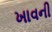
ખાવની